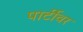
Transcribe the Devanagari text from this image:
पार्टीवर